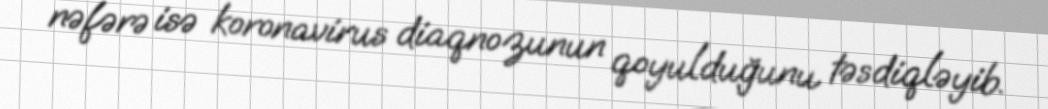
nəfərə isə koronavirus diaqnozunun qoyulduğunu təsdiqləyib.